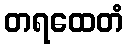
တရထေတံ